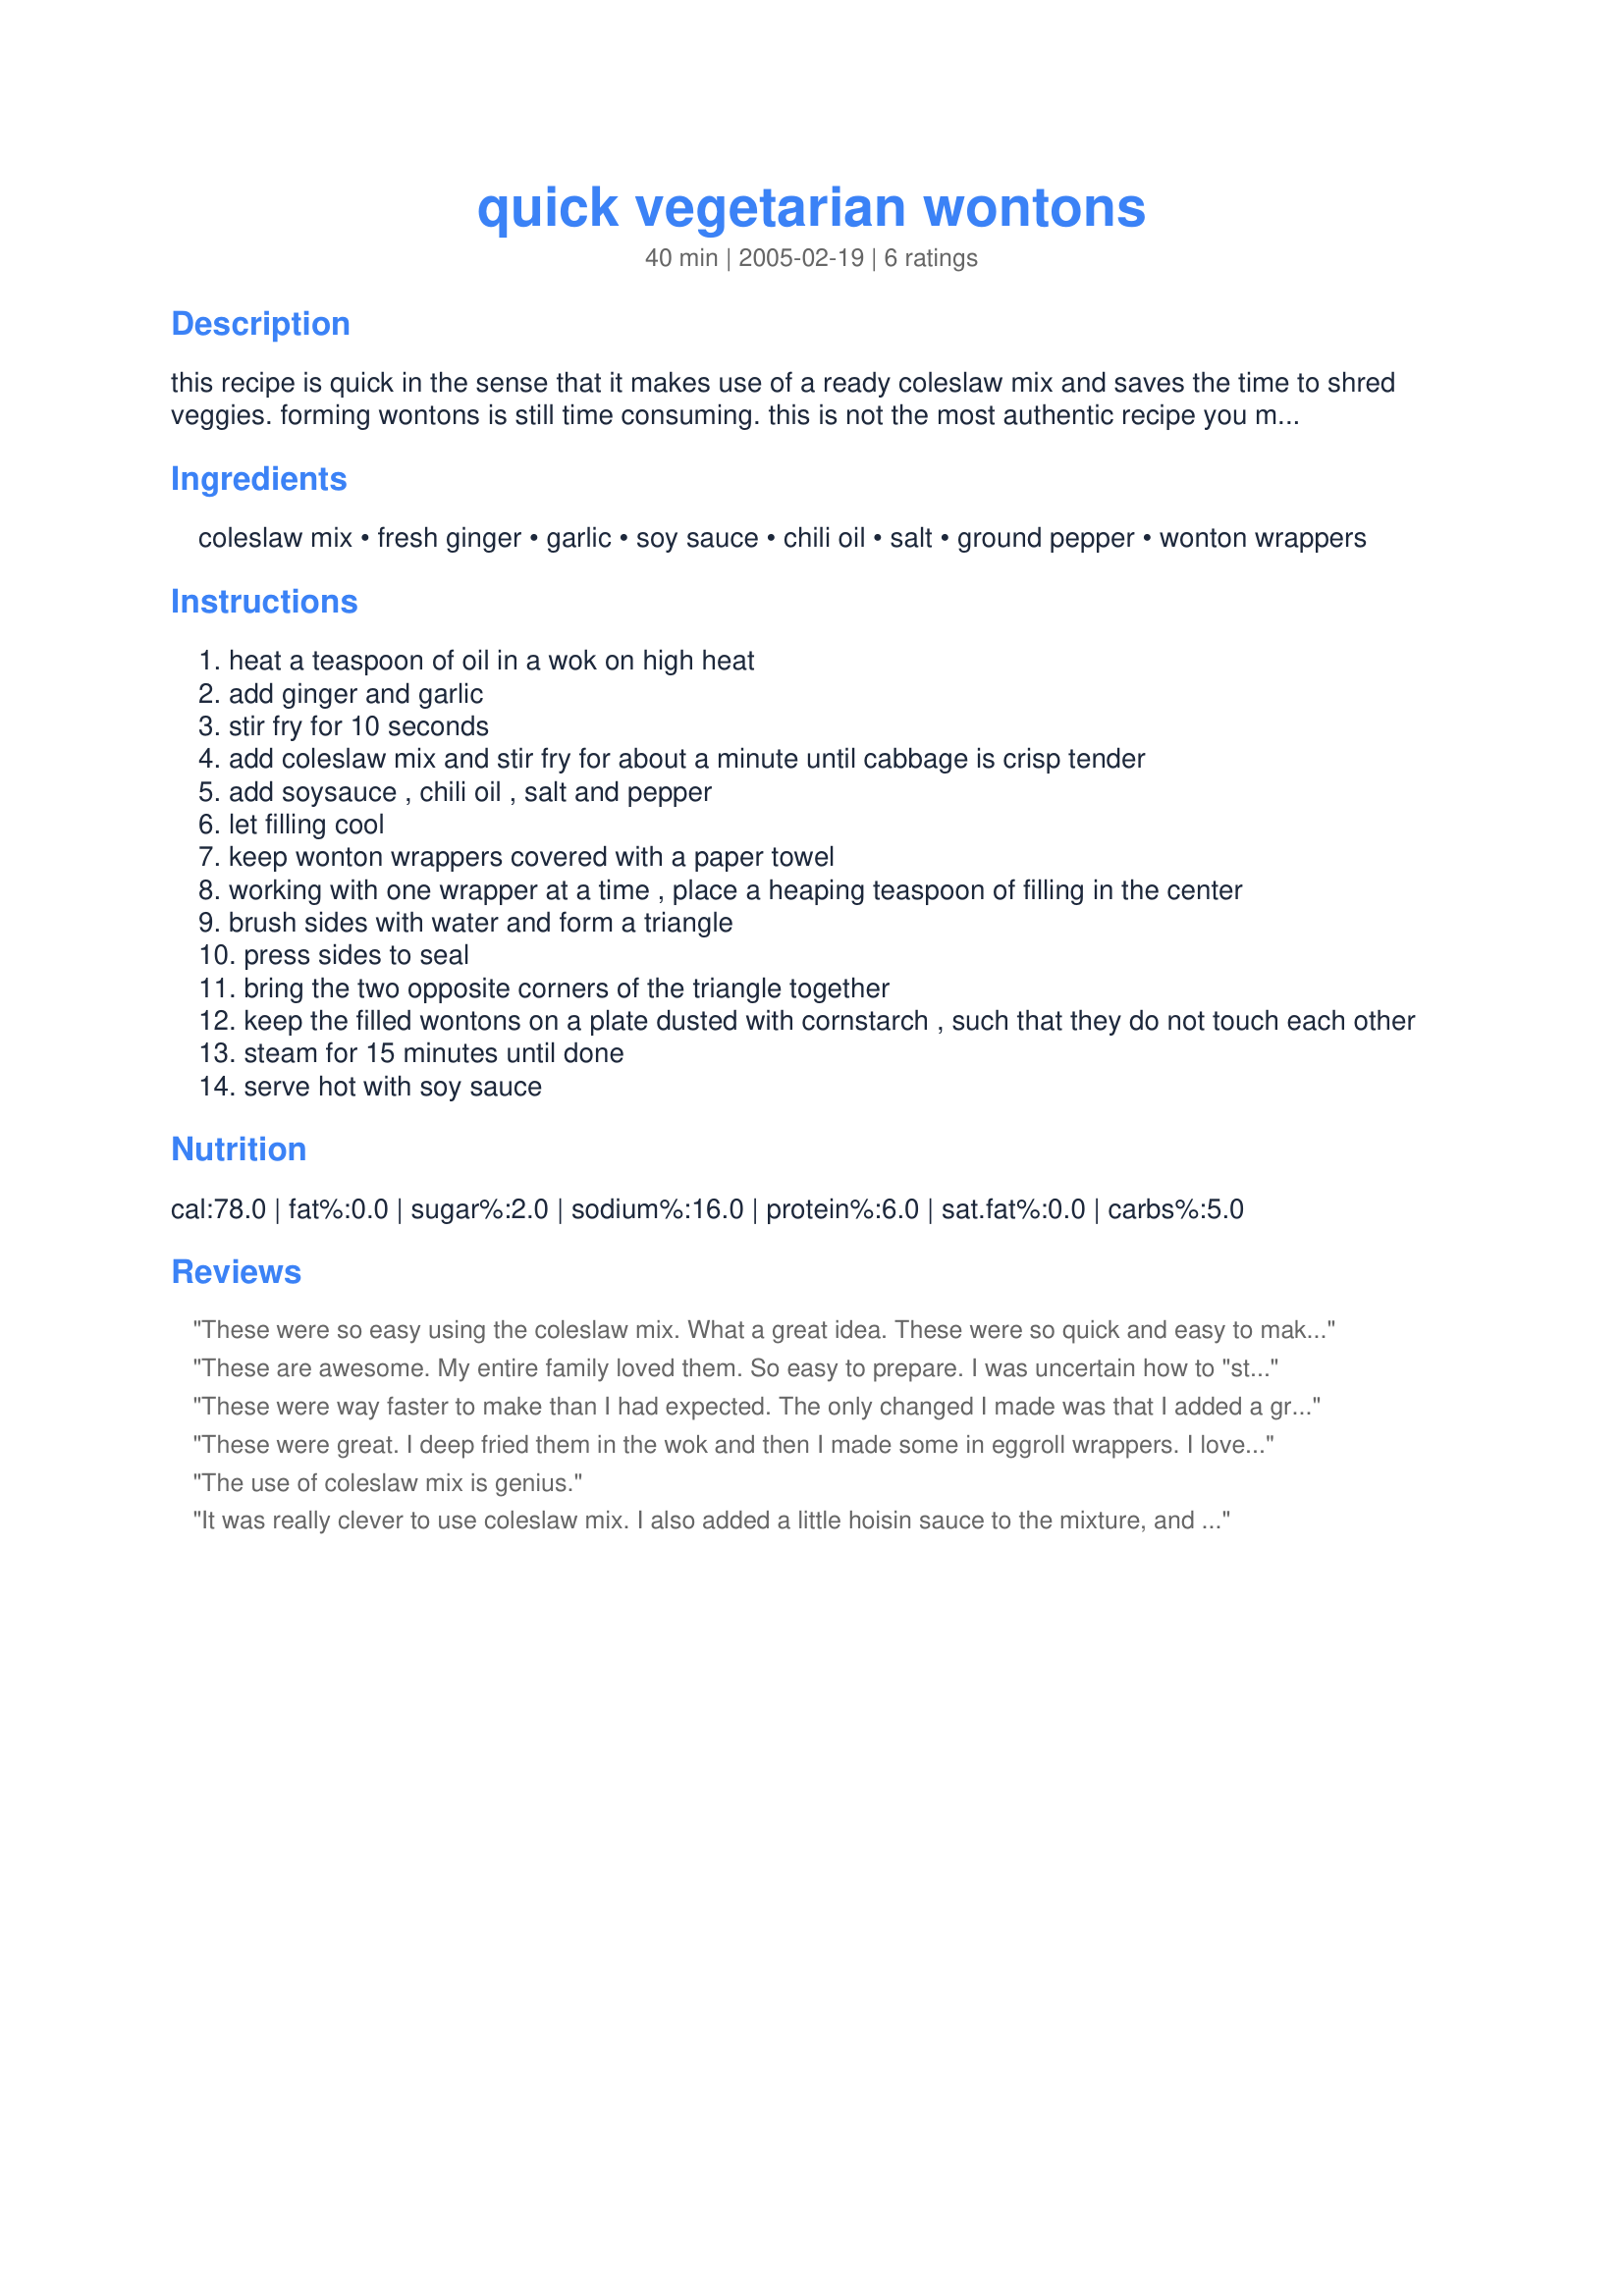
quick vegetarian wontons
Preparation time: 40 minutes

this recipe is quick in the sense that it makes use of a ready coleslaw mix and saves the time to shred veggies. forming wontons is still time consuming. this is not the most authentic recipe you may find, but it is delicious. of course, you can add other stuff like scallions, tofu etc.

Ingredients:
coleslaw mix, fresh ginger, garlic, soy sauce, chili oil, salt, ground pepper, wonton wrappers

Steps:
heat a teaspoon of oil in a wok on high heat
add ginger and garlic
stir fry for 10 seconds
add coleslaw mix and stir fry for about a minute until cabbage is crisp tender
add soysauce , chili oil , salt and pepper
let filling cool
keep wonton wrappers covered with a paper towel
working with one wrapper at a time , place a heaping teaspoon of filling in the center
brush sides with water and form a triangle
press sides to seal
bring the two opposite corners of the triangle together
keep the filled wontons on a plate dusted with cornstarch , such that they do not touch each other
steam for 15 minutes until done
serve hot with soy sauce

Reviews:
These were so easy using the coleslaw mix. What a great idea. These were so quick and easy to make. Thanks for the recipe.
These are awesome. My entire family loved them. So easy to prepare. I was uncertain how to "steam" the wontons then remembered my double boiler (I have never used until now!). Thanks for a great recipe!
These were way faster to make than I had expected. The only changed I made was that I added a grated carrot to it as well. I used my vegetable steamer to steam them. They were a big hit with my kids!
These were great. I deep fried them in the wok and then I made some in eggroll wrappers. I loved the idea of the already shredded coleslaw. It sure did save time. 
Thaank you!!!
The use of coleslaw mix is genius.
It was really clever to use coleslaw mix. I also added a little hoisin sauce to the mixture, and since I didn't have any chili oil used sesame oil instead. Very easy and delicious.
